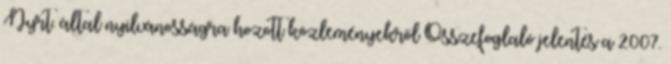
Nyrt. által nyilvánosságra hozott közleményekről Összefoglaló jelentés a 2007.